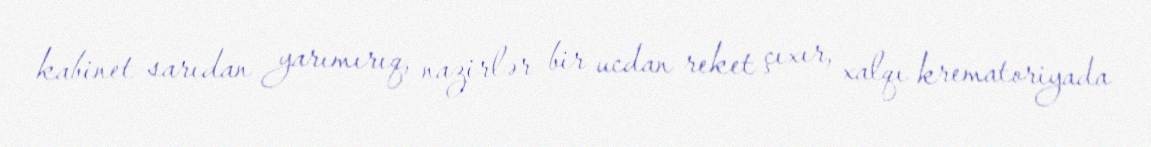
kabinet sarıdan yarımırıq, nazirlər bir ucdan reket çıxır, xalqı krematoriyada